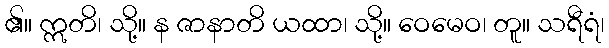
၏။ ဣတိ၊ သို့။ န ဇာနာတိ ယထာ၊ သို့။ ဝေမေဝ၊ တူ။ သရီရံ၊